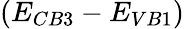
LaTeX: (E_{CB3}-E_{VB1})